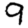
Digit: 9